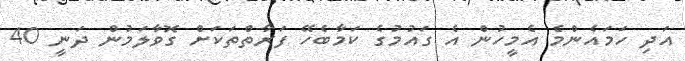
އަދި ހަމައެންމެ އެމީހުން އެ ގައުމުގެ ކަމާބެހޭ ފަރާތްތަކަށް ގޮވާލަމުން ދަނީ 40